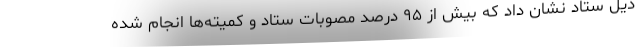
ذیل ستاد نشان داد که بیش از ۹۵ درصد مصوبات ستاد و کمیته‌ها انجام شده